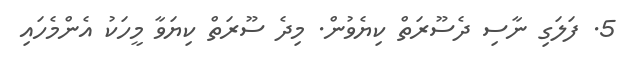
5. ފަލަގި ނާސި ދެސޫރަތް ކިޔެވުން. މިދެ ސޫރަތް ކިޔަވާ މީހަކު އެންމެހައި